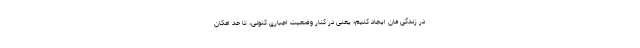
در زندگی مان ایجاد کنیم؛ یعنی در کنار وضعیت اجباری کنونی، تا حد امکان